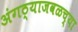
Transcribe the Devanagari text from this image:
अंगठ्याजवळच्या